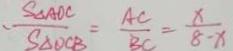
\frac { S _ { \Delta } A O C } { S _ { \Delta O C B } } = \frac { A C } { B C } = \frac { x } { 8 - x }